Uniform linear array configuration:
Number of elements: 16
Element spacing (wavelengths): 1
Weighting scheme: blackman
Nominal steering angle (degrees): -15
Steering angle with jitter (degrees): -15.625
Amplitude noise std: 0.05
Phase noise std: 0.05

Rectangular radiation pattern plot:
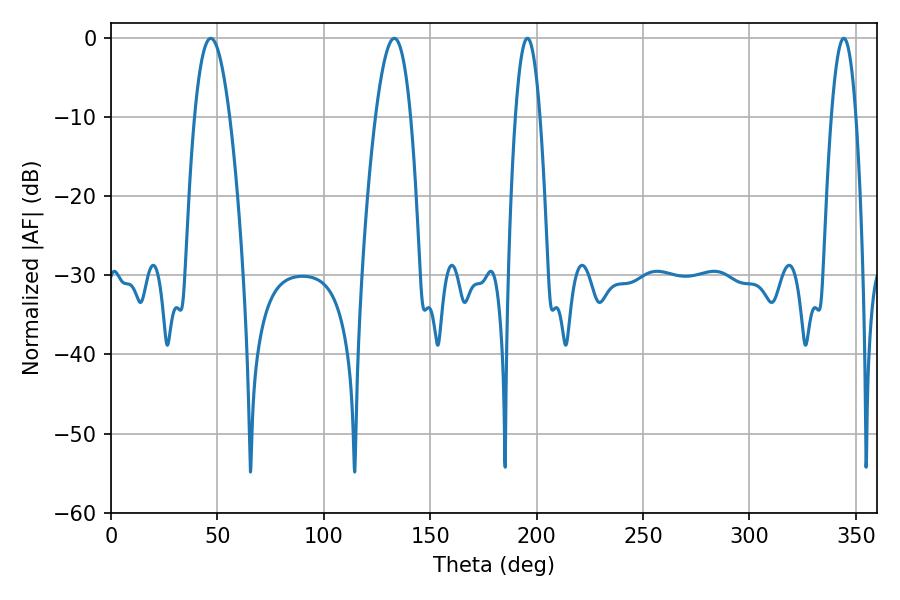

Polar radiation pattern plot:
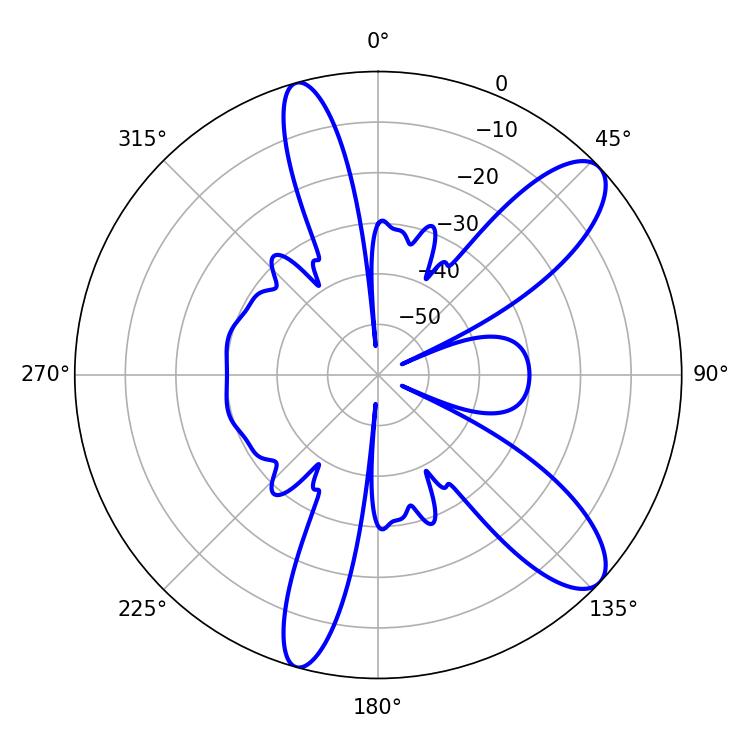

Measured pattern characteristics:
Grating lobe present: TRUE
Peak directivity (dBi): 10.372
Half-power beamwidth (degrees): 6.3
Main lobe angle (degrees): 195.66